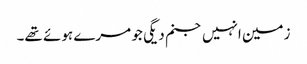
زمین انہیں جنم دیگی جو مرے ہوئے تھے۔